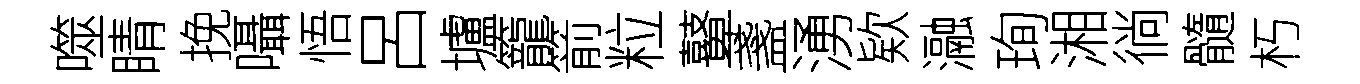
噬睛挽囁悟呂壚籠箭粒鼙盞湧欵瀜珣湘徜髓朽